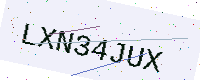
Text: LXN34JUX